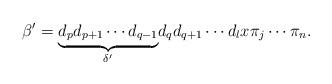
LaTeX: \begin{align*}\beta^{\prime}=\underset{\delta^{\prime}}{\underbrace{d_p d_{p+1} \cdots d_{q-1}}} d_q d_{q+1} \cdots d_l x \pi_j \cdots \pi_n.\end{align*}